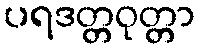
ပရဒတ္တဝုတ္တာ